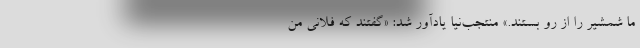
ما شمشیر را از رو بستند.» منتجب‌نیا یادآور شد: «گفتند که فلانی من